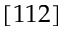
[ 1 1 2 ]